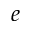
e